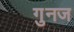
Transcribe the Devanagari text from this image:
गुनज